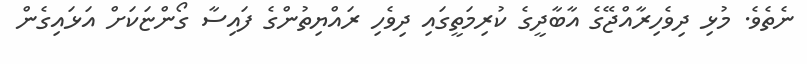
ނެތެވެ. މުޅި ދިވެހިރާއްޖޭގެ އާބާދީގެ ކުރިމަތީގައި ދިވެހި ރައްޔިތުންގެ ފައިސާ ގޯންޏަކަށް އަޅައިގެން